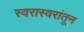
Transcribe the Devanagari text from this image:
स्वरास्वरांतून